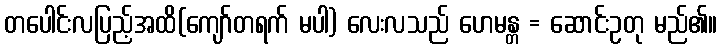
တပေါင်းလပြည့်အထိ(ကျော်တရက် မပါ) လေးလသည် ဟေမန္တ = ဆောင်းဥတု မည်၏။